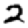
Digit: 2